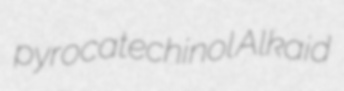
pyrocatechinol Alkaid